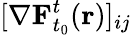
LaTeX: [\mathbf{\nabla}\mathbf{F}_{t_{0}}^{t}(\mathbf{r})]_{ij}